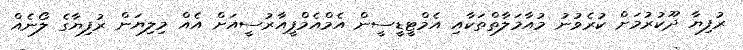
ރުފިޔާ ދޫކުރުމަށް ކުރެވުނު މުއާމަލާތްތަކާއި އެމްޓީޑީސީން އެމްއެމްޕީއާރުސީއަށް އެއް މިލިޔަން ރުފިޔާގެ ލޯނެއް